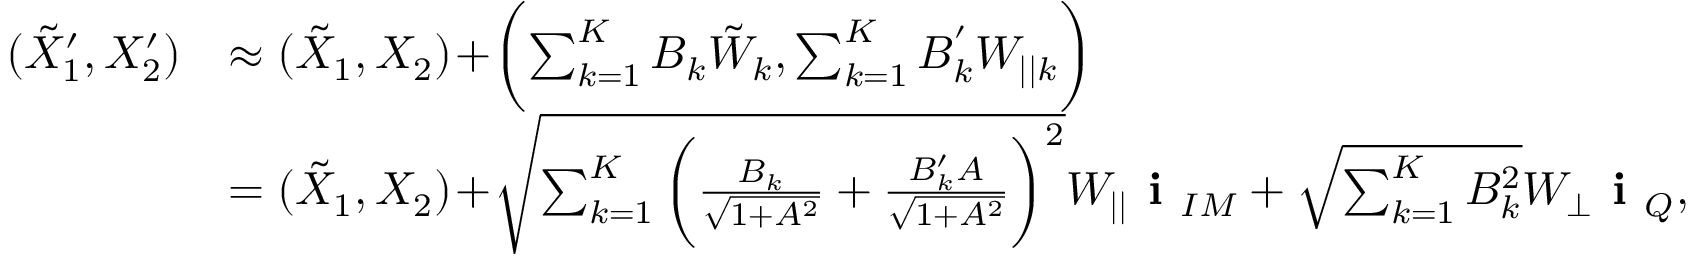
\begin{array} { r l } { ( { { { \tilde { X } } } _ { 1 } ^ { \prime } } , { { X } _ { 2 } ^ { \prime } } ) } & { \approx ( { { { \tilde { X } } } _ { 1 } } , { { X } _ { 2 } } ) \! + \! \biggl ( \sum _ { k = 1 } ^ { K } B _ { k } { \tilde { W } _ { k } } , \sum _ { k = 1 } ^ { K } B _ { k } ^ { ' } { { W } _ { | | k } } \biggr ) } \\ & { = ( { { { \tilde { X } } } _ { 1 } } , { { X } _ { 2 } } ) \! + \! \sqrt { \sum _ { k = 1 } ^ { K } \bigg ( \frac { B _ { k } } { \sqrt { 1 + A ^ { 2 } } } + \frac { B _ { k } ^ { \prime } A } { \sqrt { 1 + A ^ { 2 } } } \bigg ) ^ { 2 } } { { W _ { | | } } } \textbf { i } _ { I M } + \sqrt { \sum _ { k = 1 } ^ { K } B _ { k } ^ { 2 } } { W _ { \perp } } \textbf { i } _ { Q } , } \end{array}